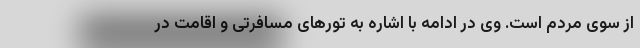
از سوی مردم است. وی در ادامه با اشاره به تورهای مسافرتی و اقامت در